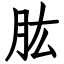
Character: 肱